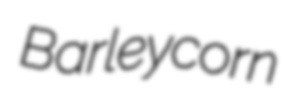
Barleycorn